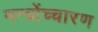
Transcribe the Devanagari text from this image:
मन्त्रोंच्चारण